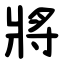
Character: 將